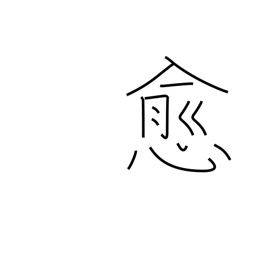
Meaning: beyond doubt